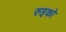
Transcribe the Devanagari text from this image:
रुइको